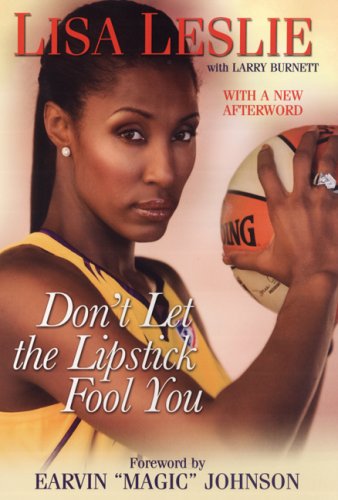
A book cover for Don't Let The Lipstick Fool You; Lisa Leslie; Sports & Outdoors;